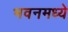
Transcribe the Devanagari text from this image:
भवनमध्ये